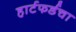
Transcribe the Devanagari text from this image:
हार्टफर्डचा